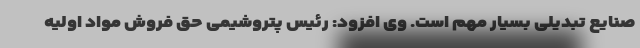
صنایع تبدیلی بسیار مهم است. وی افزود: رئیس پتروشیمی حق فروش مواد اولیه